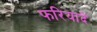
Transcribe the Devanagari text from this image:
फरियादें